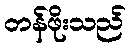
တန်ဖိုးသည်